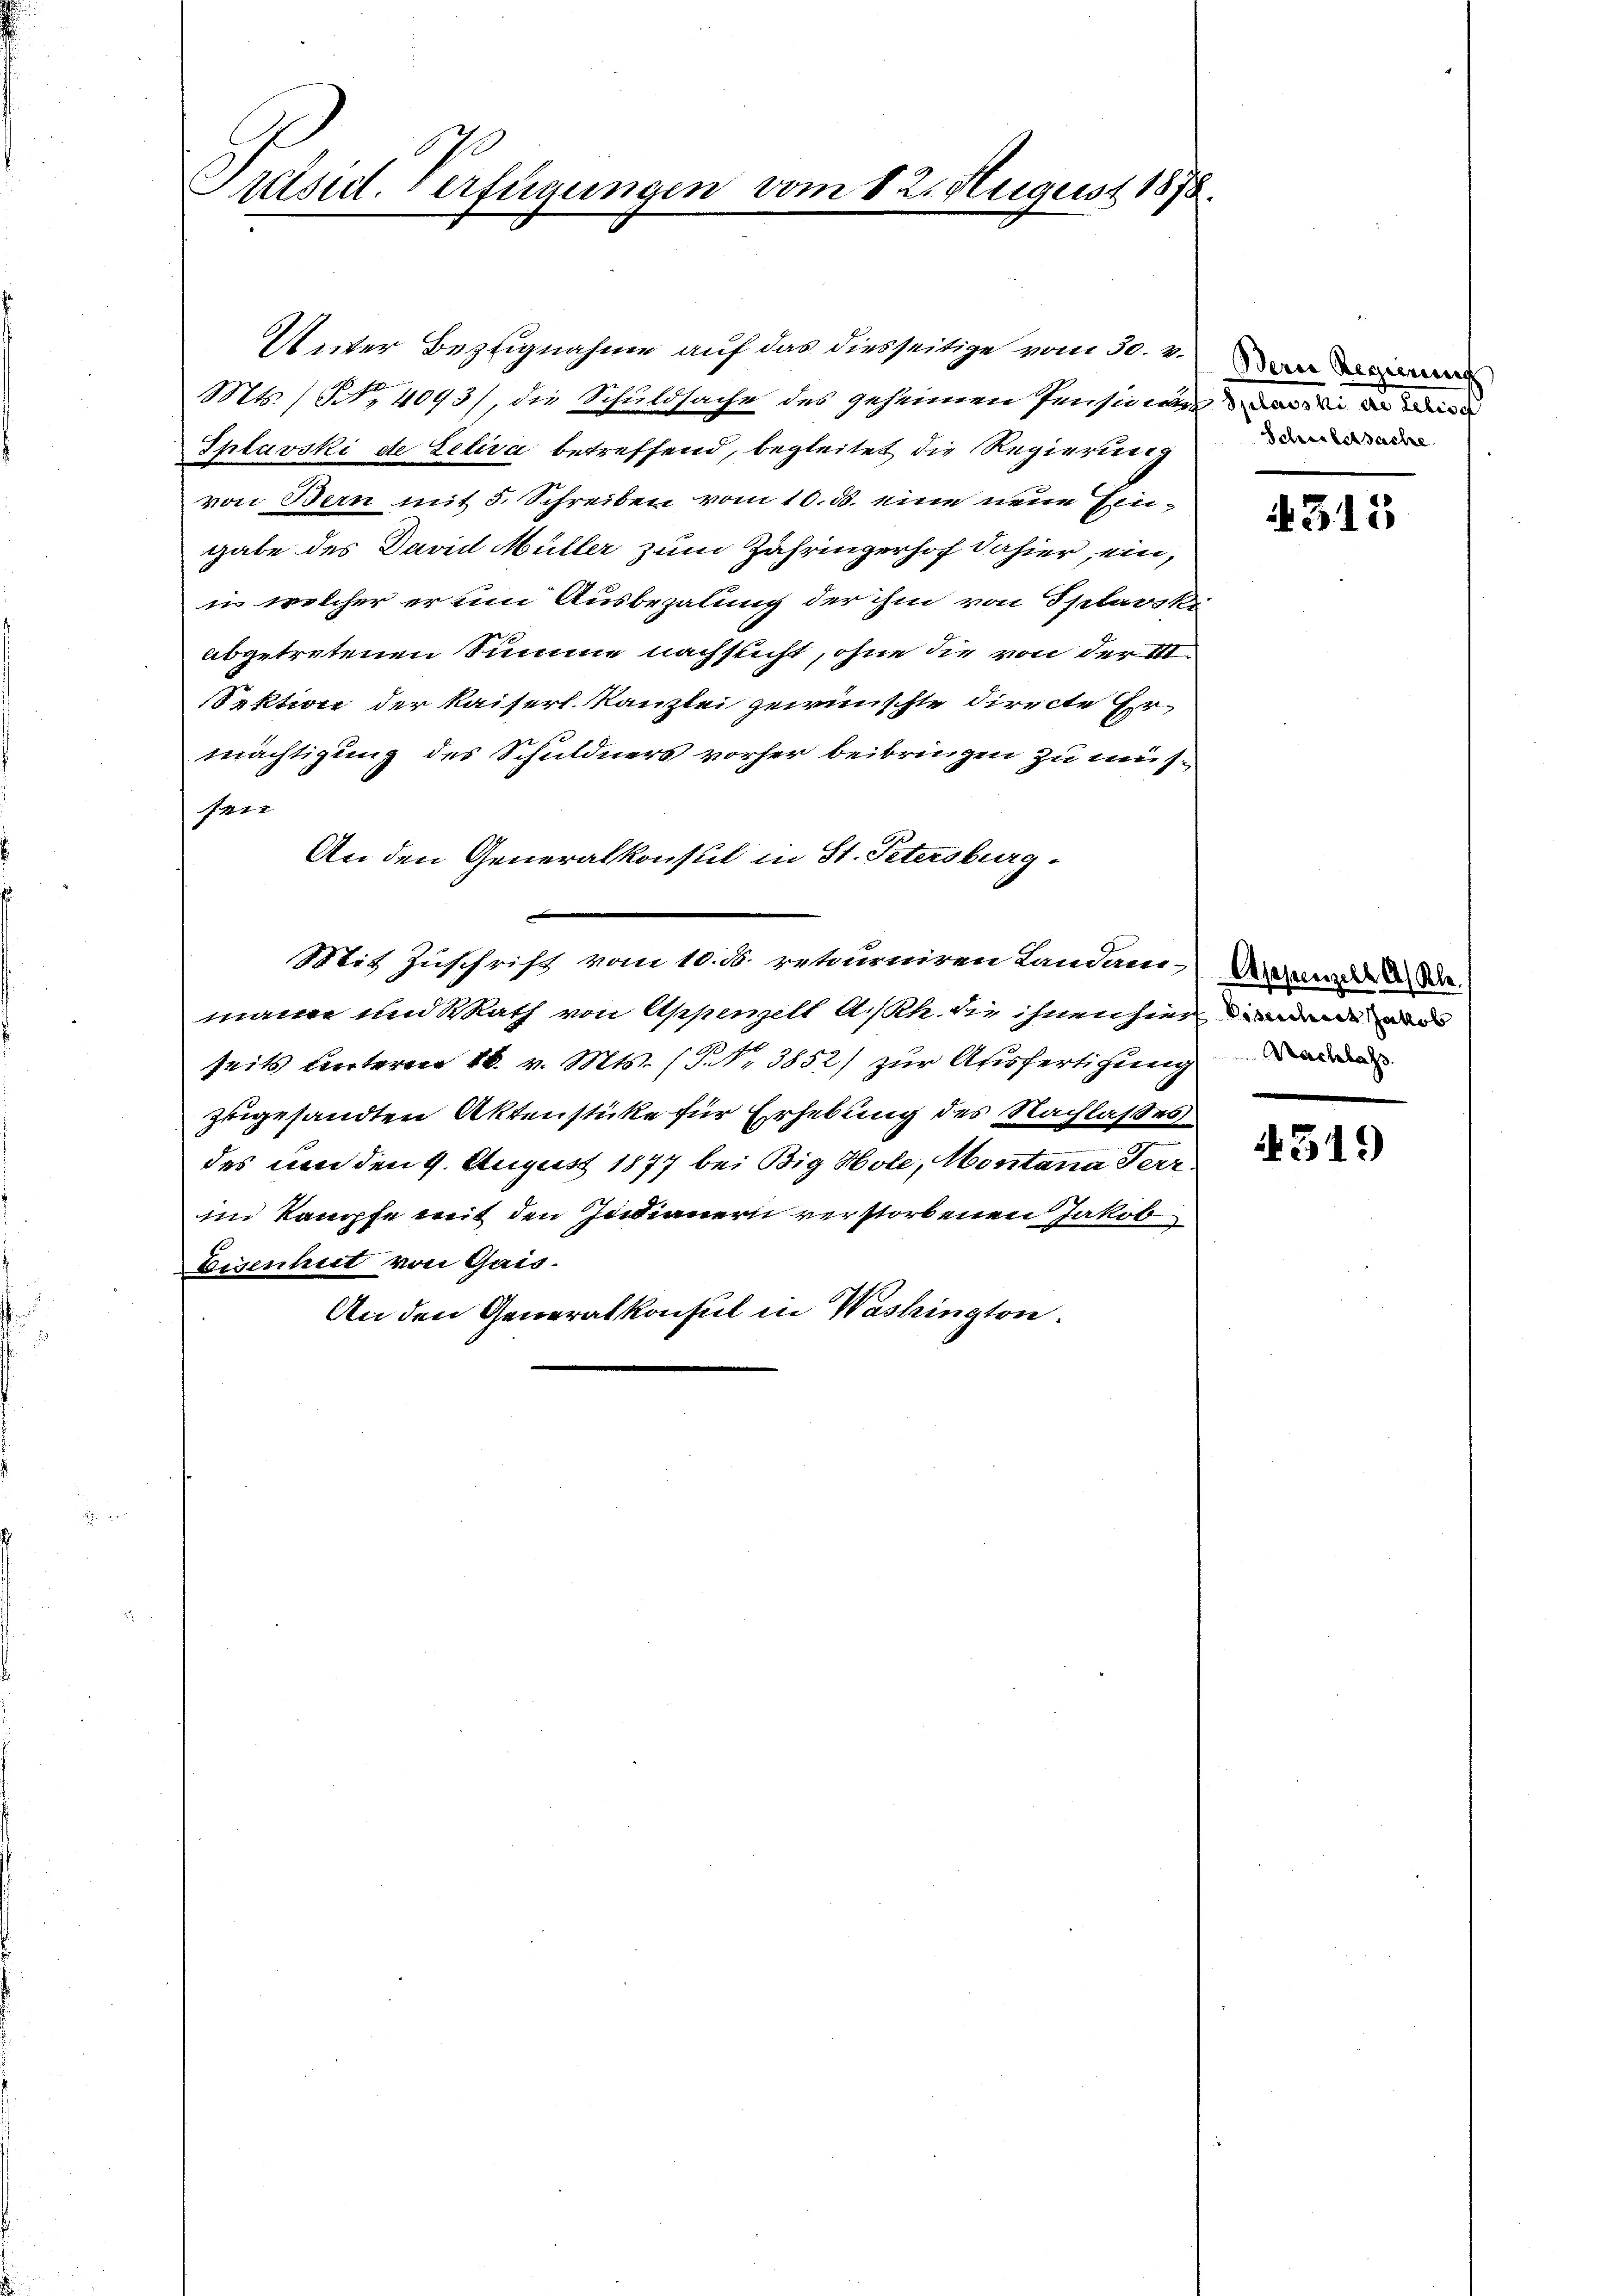
Präsid. Verfügungen vom 12. August 1878.

Unter Bezugnahme auf das diesseitige vom 30. v.
Mts. / NNo. 4093), die Schuldsache des geheimen Pensivier wie in die
Splavski de Leliva betreffend, begleitet die Regierung
von Bern mit 5. Schreiben vom 10. ds. eine neue Eingabe des David Müller zum Zähringerhof dahier, ein,
in welcher er um Ausbezalung der ihm von Splavske
abgetretenen Summe nachsticht, ohne die von der 11.
Faktion der Kaiserl. Kanzlei gewünschte directe Ermächtigung des Schuldners vorher beibringen zu müs¬
4x
An den Generalkonsul in St. Petersburg-
Mit Zuschrift vom 10. ds. retourniren Landam Anwende
mair und Rath von Appenzell A/Rh. die ihnen hier von
seits unterm 18. v. Mts. (T. N. 3852/ zur Ausfertigung
zugesandten Aktenstücke für Erhebung des Nachlasses
des um den 9. August 1877 bei Big Hole, Montana Terr
im Kampfe mit den Indianern verstorbenen Jakob
Eisenhut von Gais.
An den Generalkonsul in Washington.

Bern Regierung
Schwestsache.

4315

519